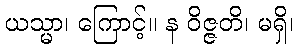
ယသ္မာ၊ ကြောင့်။ န ဝိဇ္ဇတိ၊ မရှိ၊